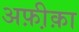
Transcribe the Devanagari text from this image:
अफ़ी़क़ा